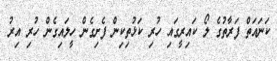
ކަނައަތް ފަރާތުގެ ލޯ ކައިރީގައި ހުރި ކަޅުތިކިން ފެށިގެން ހީލައިގެން ހުރި އިރު